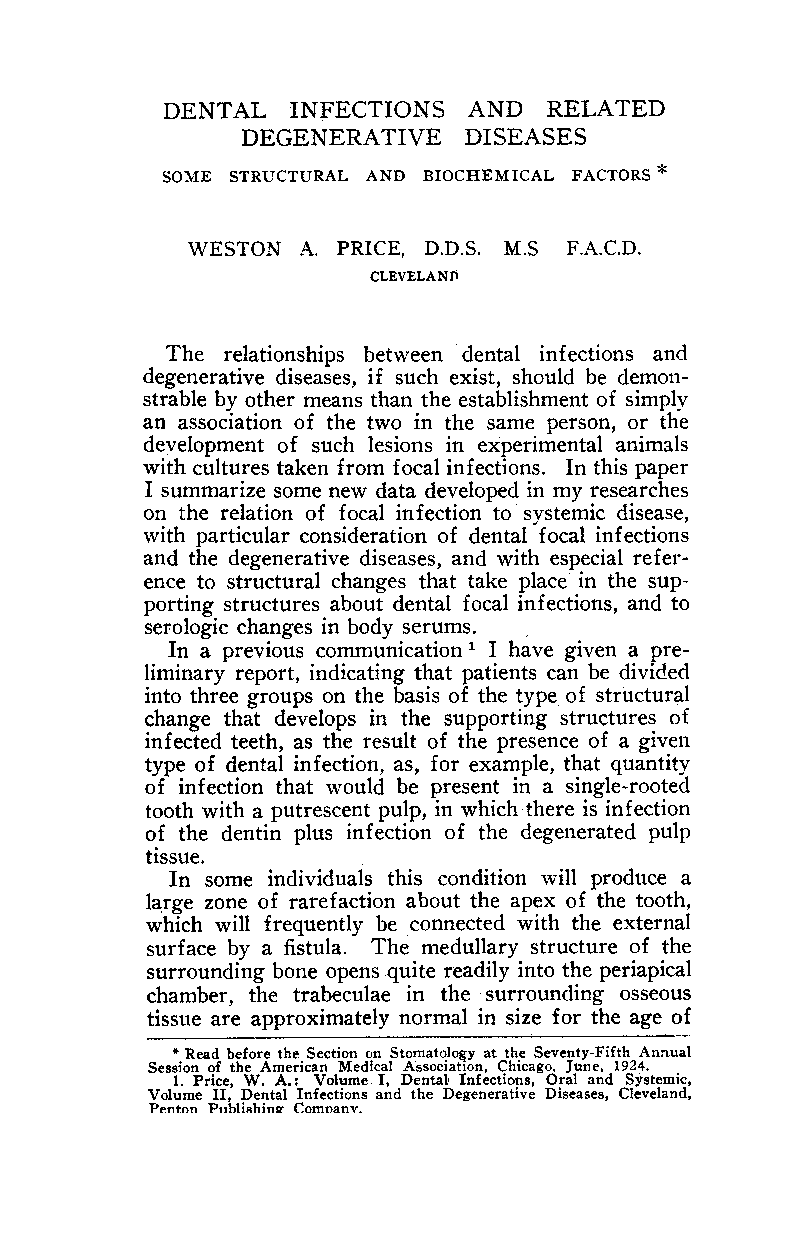
DENTAL  INFECTIONS  AND  RELATED
 DEGENERATIVE   DISEASES
 SOME STRUCTURAL AND BIOCHEMICAL FACTORS *
 WESTON  A. PRICE, D.D.S. M.S F.A.C.D.
 CLEVELANf\
 The relationships between dental infections and
 degenerative diseases, if such exist, should be demon-
 strable by other means than the establishment of simply
 an association of the two in the same person, or the
 development of such lesions in experimental animals
 with cultures taken from focal infections. In this paper
 I summarize some new data developed in my researches
 on the relation of focal infection to systemic disease,
 with particular consideration of dental focal infections
 and the degenerative diseases, and with especial refer~
 ence to structural changes that take place in the sup-
 porting structures about dental focal infections, and to
 serologic changes in body serums.
 In a previous communication 1 I have given a pre-
 liminary report, indicating that patients can be divided
 into three groups on the basis of the type of structural
 change that develops in the supporting structures of
 infected teeth, as the result of the presence of a given
 type of dental infection, as, for example, that quantity
 of infection that would be present in a single-rooted
 tooth with a putrescent pulp, in which there is infection
 of the dentin plus infection of the degenerated pulp
 tissue.
 In some individuals this condition will produce a
 large zone of rarefaction about the apex of the tooth,
 which will frequently be connected with the external
 surface by a fistula. The medullary structure of the
 surrounding bone opens ~uite readily into the periapical
 chamber, the trabeculae in the surrounding osseous
 tissue are approximately normal in size for the age of
 *. Read before the.. Section o.n Stomato.l~y at th.e Seventy-Fifth Annual
 Sess1on of the AmerIcan Medical AsSOcIatIon, Ch,cago. June, 1924.
 1. Price, W. A.: Volume I, Denta} Infections, Oral and Systemic,
 Volume II, Dental Infections and the Degenerative Diseases, Cleveland,
 P"ntnn P"hli.hing Comnanv.